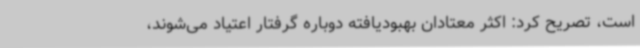
است، تصریح کرد: اکثر معتادان بهبودیافته دوباره گرفتار اعتیاد می‌شوند،